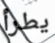
يطرأ